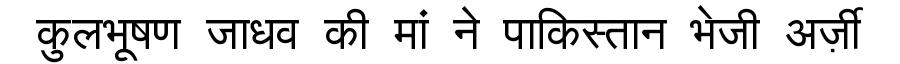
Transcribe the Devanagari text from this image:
कुलभूषण जाधव की मां ने पाकिस्तान भेजी अर्ज़ी